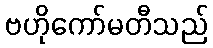
ဗဟိုကော်မတီသည်